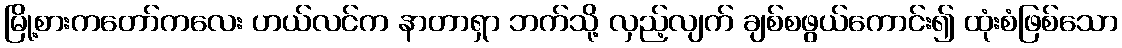
မြို့စားကတော်ကလေး ဟယ်လင်က နာတာရှာ ဘက်သို့ လှည့်လျက် ချစ်စဖွယ်ကောင်း၍ ထုံးစံဖြစ်သော